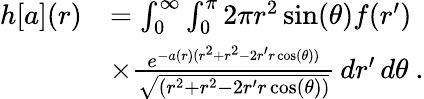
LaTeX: \begin{array}{rl}{h[a](r)}&{=\int_{0}^{\infty}\int_{0}^{\pi}2\pi r^{2}\sin(\theta)f(r^{\prime})}\\ &{\times\frac{e^{-a(r)(r^{2}+r^{2}-2r^{\prime}r\cos(\theta))}}{\sqrt{(r^{2}+r^{2}-2r^{\prime}r\cos(\theta))}}\, dr^{\prime}\, d\theta\ .}\end{array}